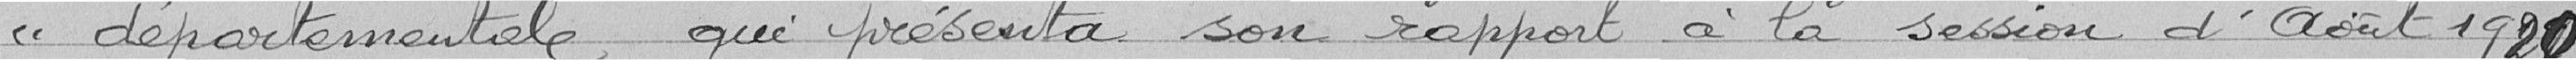
« départementale qui présenta son rapport à la session d'août 1920.